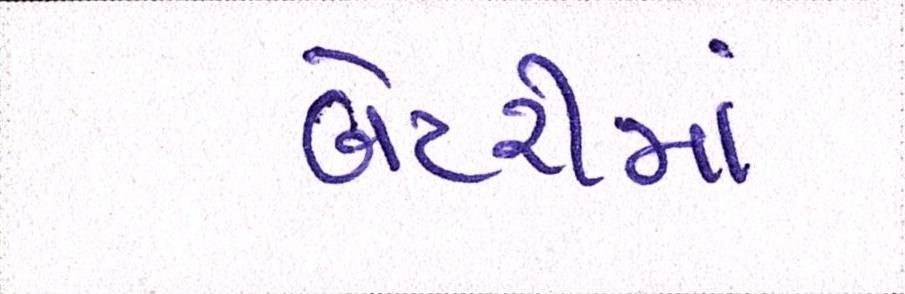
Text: બેટરીમાં